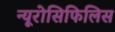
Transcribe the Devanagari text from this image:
न्यूरोसिफिलिस